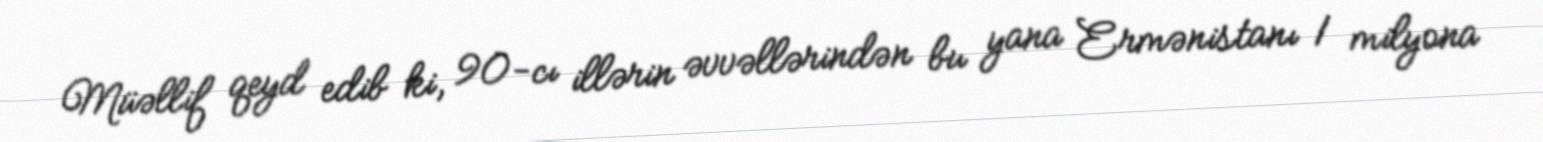
Müəllif qeyd edib ki, 90-cı illərin əvvəllərindən bu yana Ermənistanı 1 milyona